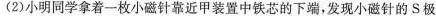
(2)小明同学拿着一枚小磁针靠近甲装置中铁芯的下端，发现小磁针的S极